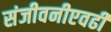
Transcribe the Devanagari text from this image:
संजीवनीएवढी